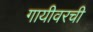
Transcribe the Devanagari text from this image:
गायीवरची